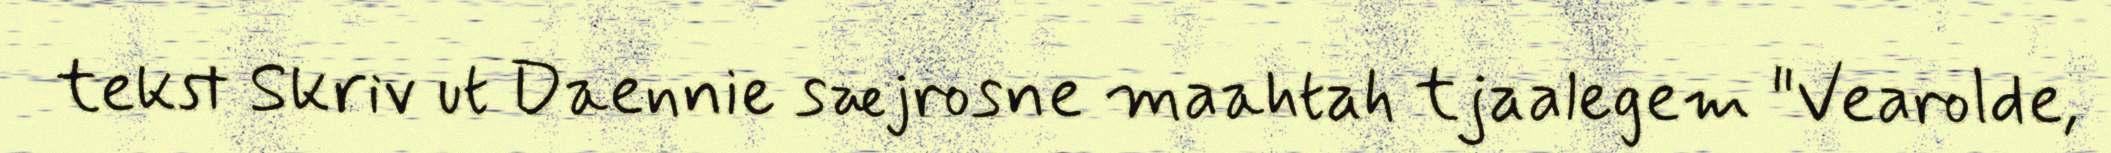
tekst Skriv ut Daennie sæjrosne maahtah tjaalegem "Vearolde,